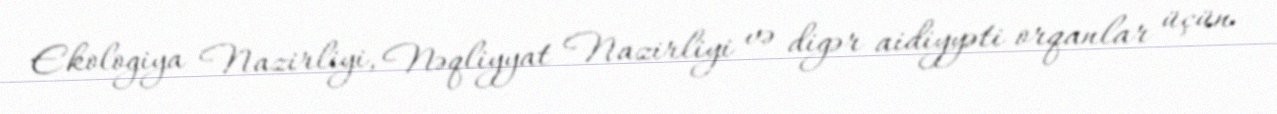
Ekologiya Nazirliyi, Nəqliyyat Nazirliyi və digər aidiyyəti orqanlar üçün